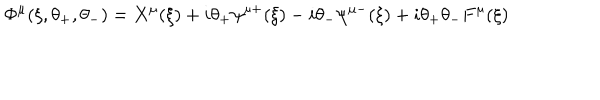
\Phi ^ { \mu } ( \xi , \theta _ { + } , \theta _ { - } ) = X ^ { \mu } ( \xi ) + i \theta _ { + } \psi ^ { \mu + } ( \xi ) - i \theta _ { - } \psi ^ { \mu - } ( \xi ) + i \theta _ { + } \theta _ { - } F ^ { \mu } ( \xi )